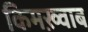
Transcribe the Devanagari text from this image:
किमख़्वाब